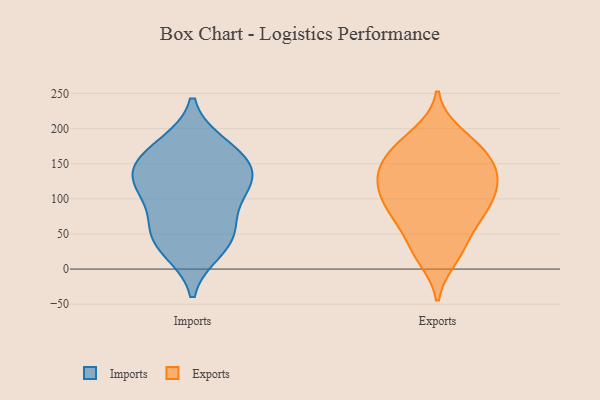
{"axis": {"x": "Humidity (%)", "y": "Value"}, "legend": ["Exports", "Imports"], "data": [{"x": "", "y": 139, "type": "Imports"}, {"x": "", "y": 48, "type": "Imports"}, {"x": "", "y": 28, "type": "Imports"}, {"x": "", "y": 70, "type": "Imports"}, {"x": "", "y": 119, "type": "Imports"}, {"x": "", "y": 114, "type": "Imports"}, {"x": "", "y": 119, "type": "Imports"}, {"x": "", "y": 165, "type": "Imports"}, {"x": "", "y": 153, "type": "Imports"}, {"x": "", "y": 175, "type": "Imports"}, {"x": "", "y": 43, "type": "Imports"}, {"x": "", "y": 67, "type": "Exports"}, {"x": "", "y": 91, "type": "Exports"}, {"x": "", "y": 31, "type": "Exports"}, {"x": "", "y": 132, "type": "Exports"}, {"x": "", "y": 178, "type": "Exports"}, {"x": "", "y": 145, "type": "Exports"}, {"x": "", "y": 70, "type": "Exports"}, {"x": "", "y": 25, "type": "Exports"}, {"x": "", "y": 87, "type": "Exports"}, {"x": "", "y": 106, "type": "Exports"}, {"x": "", "y": 16, "type": "Exports"}, {"x": "", "y": 165, "type": "Exports"}, {"x": "", "y": 160, "type": "Exports"}, {"x": "", "y": 116, "type": "Exports"}, {"x": "", "y": 120, "type": "Exports"}, {"x": "", "y": 136, "type": "Exports"}, {"x": "", "y": 175, "type": "Exports"}, {"x": "", "y": 131, "type": "Exports"}, {"x": "", "y": 81, "type": "Exports"}, {"x": "", "y": 192, "type": "Exports"}]}